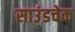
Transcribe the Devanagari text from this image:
साउंडचेक